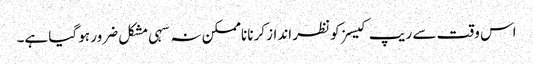
اس وقت سے ریپ کیسز کو نظر انداز کرنا ناممکن نہ سہی مشکل ضرور ہو گیا ہے۔